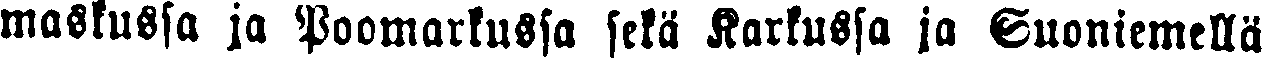
maskussa ja Poomarkussa sekä Karkussa ja Suoniemellä